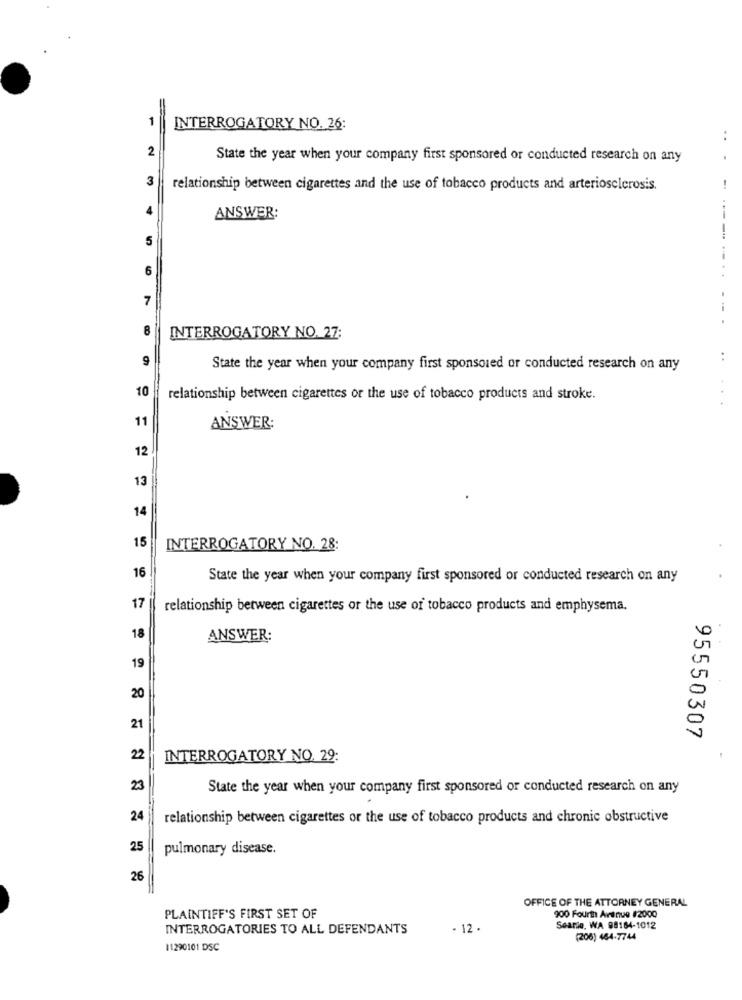
1
INTERROGATORY NO. 26:
..
2
State the year when your company first sponsored or conducted research on any
3
relationship between cigarettes and the use of tobacco products and arteriosclerosis.
ANSWER:
---
5
6
7
8
INTERROGATORY NO. 27:
9
..
State the year when your company first sponsored or conducted research on any
10
relationship between cigarettes or the use of tobacco products and stroke.
11
ANSWER:
12
13
14
15
INTERROGATORY NO. 28:
16
State the year when your company first sponsored or conducted research on any
17
relationship between cigarettes or the use of tobacco products and emphysema.
18
ANSWER:
19
20
21
95550307
22
INTERROGATORY NO. 29:
23
State the year when your company first sponsored or conducted research on any
24
relationship between cigarettes or the use of tobacco products and chronic obstructive
25
pulmonary disease.
26
OFFICE OF THE ATTORNEY GENERAL
PLAINTIFF'S FIRST SET OF
900 Fourth Avenue #2000
INTERROGATORIES TO ALL DEFENDANTS
- 12.
Searie, WA 98164-1012
(206) 464-7744
11290101 DSC